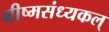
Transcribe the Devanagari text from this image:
ग्रीष्मसंध्यकल्